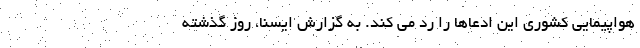
هواپیمایی کشوری این ادعاها را رد می کند. به گزارش ایسنا، روز گذشته